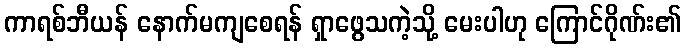
ကာရစ်ဘီယန် နောက်မကျစေရန် ရှာဖွေသကဲ့သို့ မေးပါဟု ကြောင်ဂိုဏ်း၏